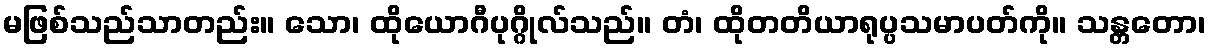
မဖြစ်သည်သာတည်း။ သော၊ ထိုယောဂီပုဂ္ဂိုလ်သည်။ တံ၊ ထိုတတိယာရုပ္ပသမာပတ်ကို။ သန္တတော၊